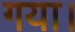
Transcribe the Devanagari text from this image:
गया।